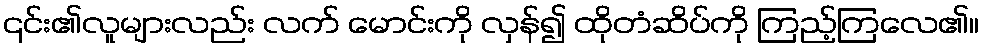
၎င်း၏လူများလည်း လက် မောင်းကို လှန်၍ ထိုတံဆိပ်ကို ကြည့်ကြလေ၏။